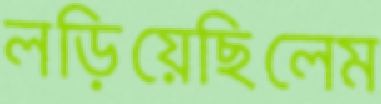
লড়িয়েছিলেম